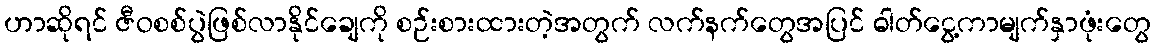
ဟာဆိုရင် ဇီဝစစ်ပွဲဖြစ်လာနိုင်ချေကို စဉ်းစားထားတဲ့အတွက် လက်နက်တွေအပြင် ဓါတ်ငွေ့ကာမျက်နှာဖုံးတွေ